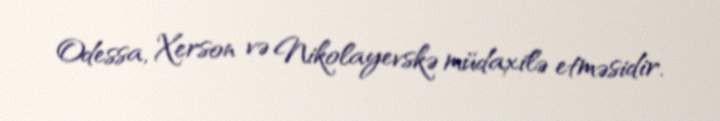
Odessa, Xerson və Nikolayevskə müdaxilə etməsidir.